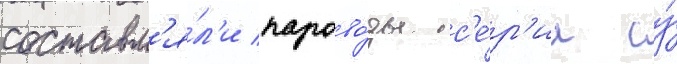
составл'я́л'и парово́зы с'е́р'ии су́